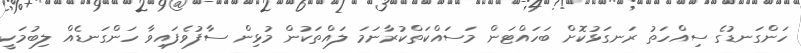
ހަންގަނޑުގެ ސިއްހަތު ރަނގަޅުކޮށް ބަހައްޓަން މަސައްކަތްކުރާނަމަ ލައްތަކުން މުޅިން ސާފުވެފައިވާ ހަންގަނޑެއް ލިބުމަކީ